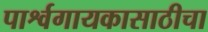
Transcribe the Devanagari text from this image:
पार्श्वगायकासाठीचा